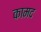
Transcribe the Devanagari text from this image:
कामद